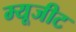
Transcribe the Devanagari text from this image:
म्यूजीट